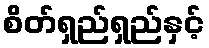
စိတ်ရှည်ရှည်နှင့်